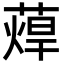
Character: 蔊